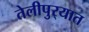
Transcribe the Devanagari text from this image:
तेलीपुर्‍यात